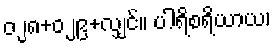
၀၂၈+၀၂၉+လျှင်။ ပါရိစရိယာယ၊